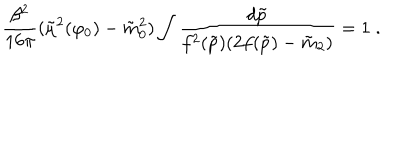
LaTeX: { \frac { \beta ^ { 2 } } { 1 6 \pi } } ( \tilde { \mu } ^ { 2 } ( \varphi _ { 0 } ) - \tilde { m } _ { 0 } ^ { 2 } ) \int { \frac { d \tilde { p } } { f ^ { 2 } ( \tilde { p } ) ( 2 f ( \tilde { p } ) - \tilde { m } _ { 2 } ) } } = 1 \; .